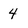
Character: 4